Indian journal of veterinary science and animal husbandry - Volumes 22-23, 1952-1953
Year: 1952
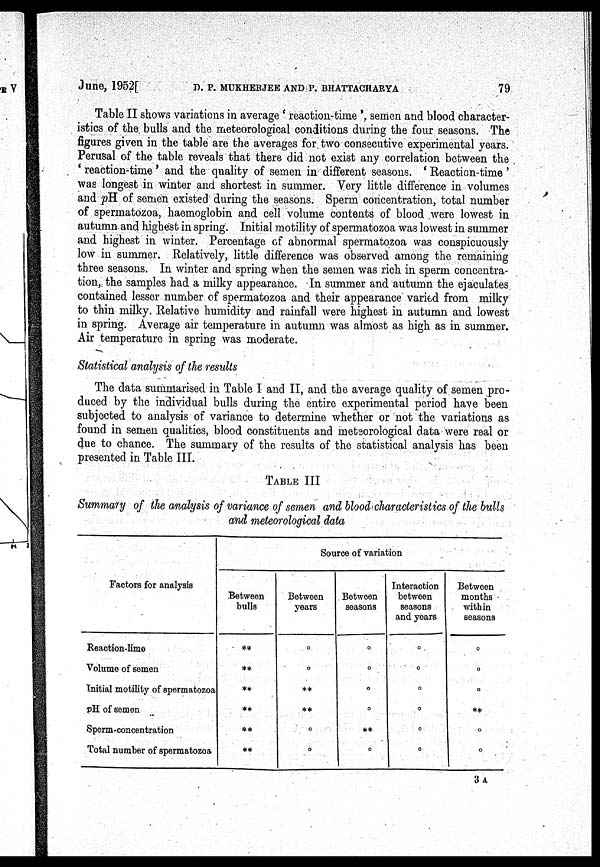
June, 1952[ D. P. MUKHERJEE AND P. BHATTACHARYA 79
Table II shows variations in average 'reaction-time', semen and blood character-
istics of the. bulls and the meteorological conditions during the four seasons. The
figures given in the table are the averages for. two consecutive experimental years.
Perusal of the table reveals that there did not exist any correlation between the
'reaction-time' and the quality of semen in different seasons. 'Reaction-time'
was longest in winter and shortest in summer. Very little difference in volumes
and pH of semen existed during the seasons. Sperm concentration, total number
of spermatozoa, haemoglobin and cell volume contents of blood were lowest in
autumn and highest in spring. Initial motility of spermatozoa was lowest in summer
and highest in winter. Percentage of abnormal spermatozoa was conspicuously
low in summer. Relatively, little difference was observed among the remaining
three seasons. In winter and spring when the semen was rich in sperm concentra-
tion, the samples had a milky appearance. In summer and autumn the ejaculates
contained lesser number of spermatozoa and their appearance varied from milky
to thin milky. Relative humidity and rainfall were highest in autumn and lowest
in spring. Average air temperature in autumn was almost as high as in summer.
Air temperature in spring was moderate.
Statistical analysis of the results
The data summarised in Table I and II, and the average quality of semen pro-
duced by the individual bulls during the entire experimental period have been
subjected to analysis of variance to determine whether or not the variations as
found in semen qualities, blood constituents and meteorological data were real or
due to chance. The summary of the results of the statistical analysis has been
presented in Table III.
TABLE III
Summary of the analysis of variance of semen and blood characteristics of the bulls
and meteorological data
Factors for analysis
Reaction-lime
Volume of semen
Initial motility of spermatozoa
pH of semen
Sperm-concentration
Total number of spermatozoa
Source of variation
Between
bulls
**
**
**
**
**
**
Between
years
°
°
**
**
°
°
Between
seasons
°
°
°
°
**
°
Interaction
between
seasons
and years
°
°
°
°
°
°
Between
months
within
seasons
°
°
°
**
°
°
3 A